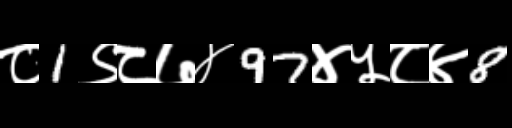
Text: ८1९८७४97४५८४8